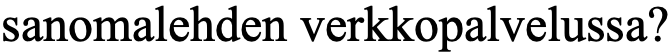
sanomalehden verkkopalvelussa?